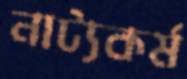
নাট্যকর্ম